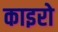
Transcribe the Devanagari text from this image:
काइरो